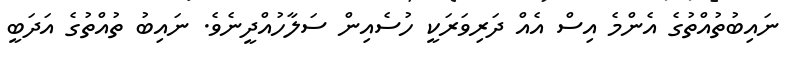
ނައިބުތުއްތުގެ އެންމެ އިސް އެއް ދަރިވަރަކީ ހުސެއިން ސަލާހުއްދީނެވެ. ނައިބު ތުއްތުގެ އަދަބީ